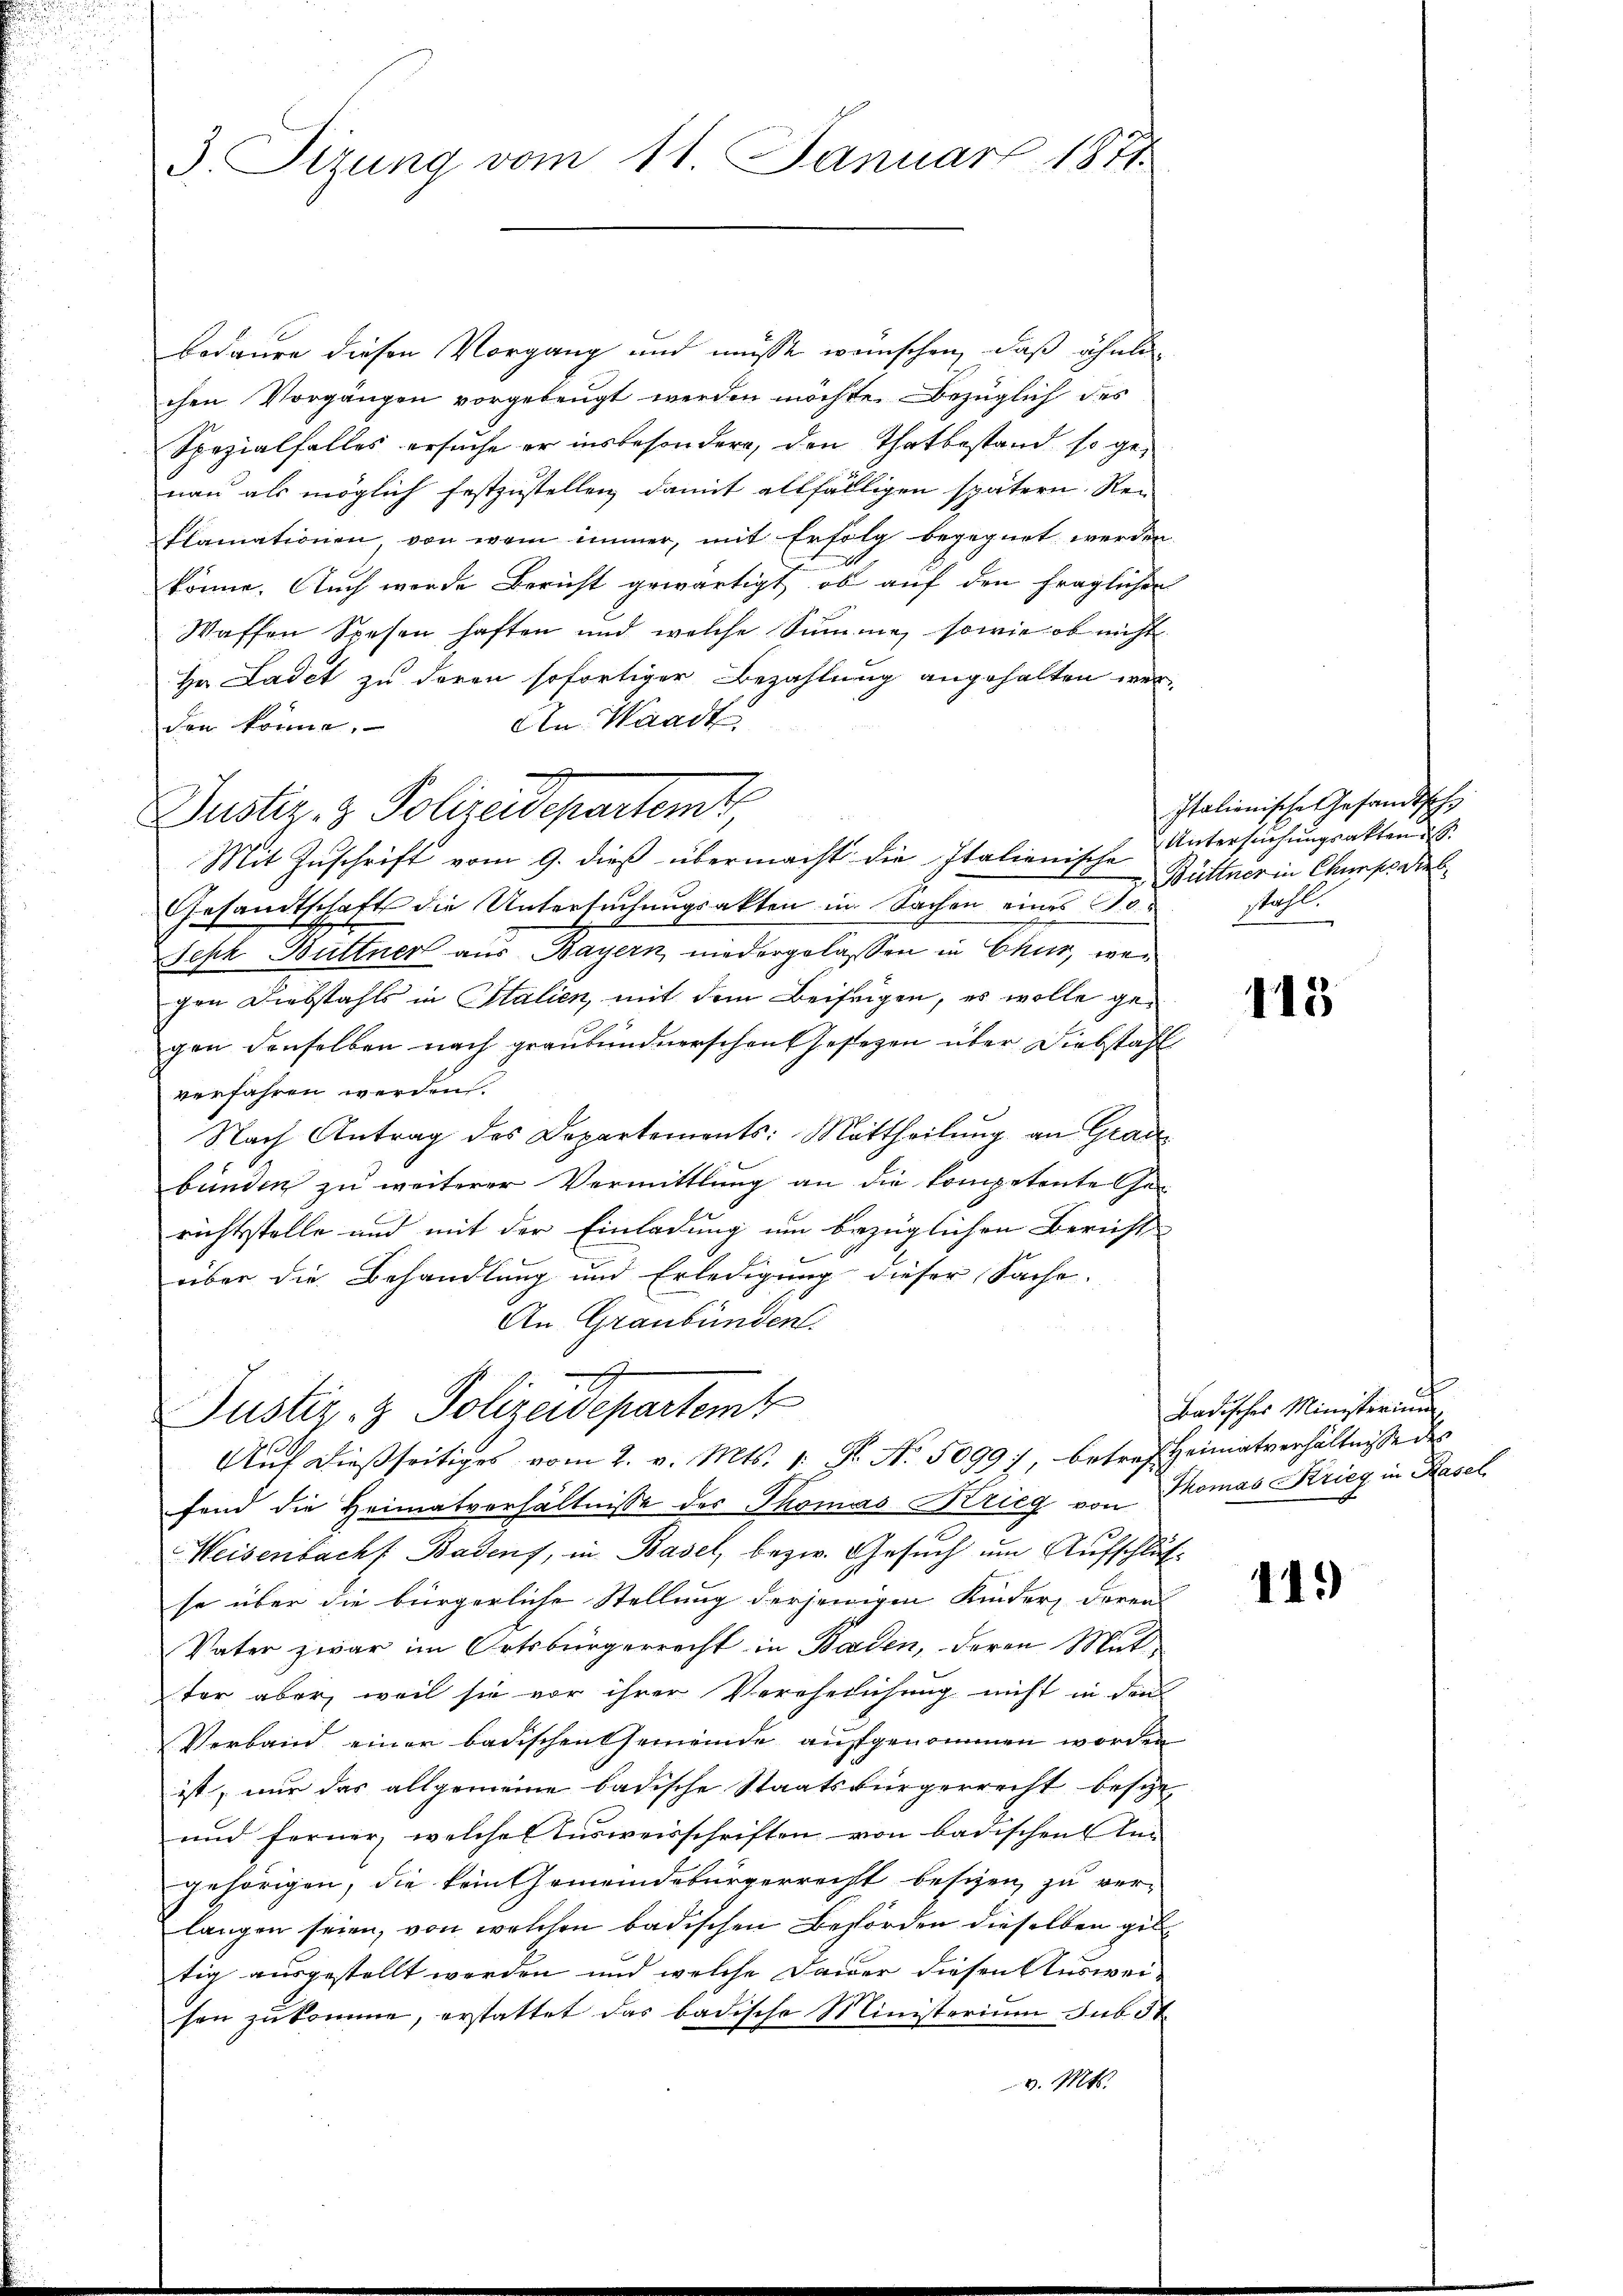
3. Sizung vom 11. Januar 1871

bedaure diesen Vorgang und müsse wünschen, daß ähnli
chen Vorgängen vorgebeugt werden möchte. Bezüglich des
Spezialfalles ersuche er insbesondere, den Thatbestand so genau als möglich festzustellen damit allfälligen spätern Rei
Pfamationen von wem immer, mit Erfolg begegnet werden
2
könne. Auch werde Bericht gewärtigt, ob auf den fraglichen
Waffen Spesen haften und welche Summe sowie ob nicht
Hr. Ladet zu deren sofortiger Bezahlung angehalten wer¬
An Waadt
den könne.
Mit Zŭschrift vom 9. dieß übermacht die Italienische Untersŭchŭngsakten des
Gesandtschaft die Untersuchungsakten in Sachen eines To¬
Fepck Buttner aus Bayern niedergelassen in Chur, wen
gen Diebstahls in Italien, mit dem Beifrigen, es wolle gegen denselben nach graubündnerschen Gesetzen über Diebstahl
verfahren werden.
Nach Antrag des Departements: Mittheilung an Grad
bunden zu weiterer Vermittlung an die kompetente Gerichtsstelle und mit der Einladung um bezüglichen Berecht
über die Behandlung und Erledigung dieser Sache.
An Graubünden.

Justiz- & Polizeidepartemb

A
Justiz- & Polizeidepartemb
Auf dießseitiges vom 2. v. Mts. 1. Fr. No. 5099), betref Heimatverhältnisse des

Italienische Gesandtsche
Büttner in Churfsarb
ahl.

fend die Heimatverhältnisse des Thomas Krieg von Thomas Krieg in Rasel
Weisenbacht Badens, in Basel, bezw. Gesuch um Aufschluß
se über die bürgerliche Stellung derjenigen Kinder, deren
Vater zwar im Ortsbürgerrecht in Baden, deren Mutter aber, weil sie vor ihrer Verehelichung nicht in den
Verband einer badischen Gemeinde aufgenommen worden
ist, nur das allgemeine badische Staatsbürgerrecht besize¬
und ferner, welches Ausweisschriften von badischen In-
gehörigen, die kein Gemeindebürgerrecht besizen zu verlangen seien, von welchen badischen Behörden dieselben gib
tig ausgestellt werden und welche Dauer diesen Ausweison zukomme, erstattet das badische Ministerium sub 3t
v. Mts.

115

Badisches Ministerium

11.)